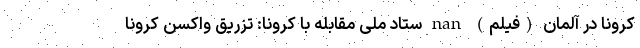
کرونا در آلمان (فیلم) nan ستاد ملی مقابله با کرونا: تزریق واکسن کرونا